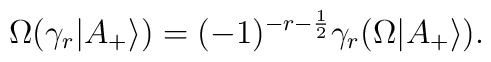
\Omega (\gamma_r|A_+\rangle)=(-1)^{-r-\frac{1}{2}}\gamma_r(\Omega|A_+\rangle).